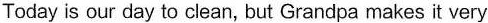
Today is our day to clean, but Grandpa makes it very